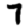
Digit: 7